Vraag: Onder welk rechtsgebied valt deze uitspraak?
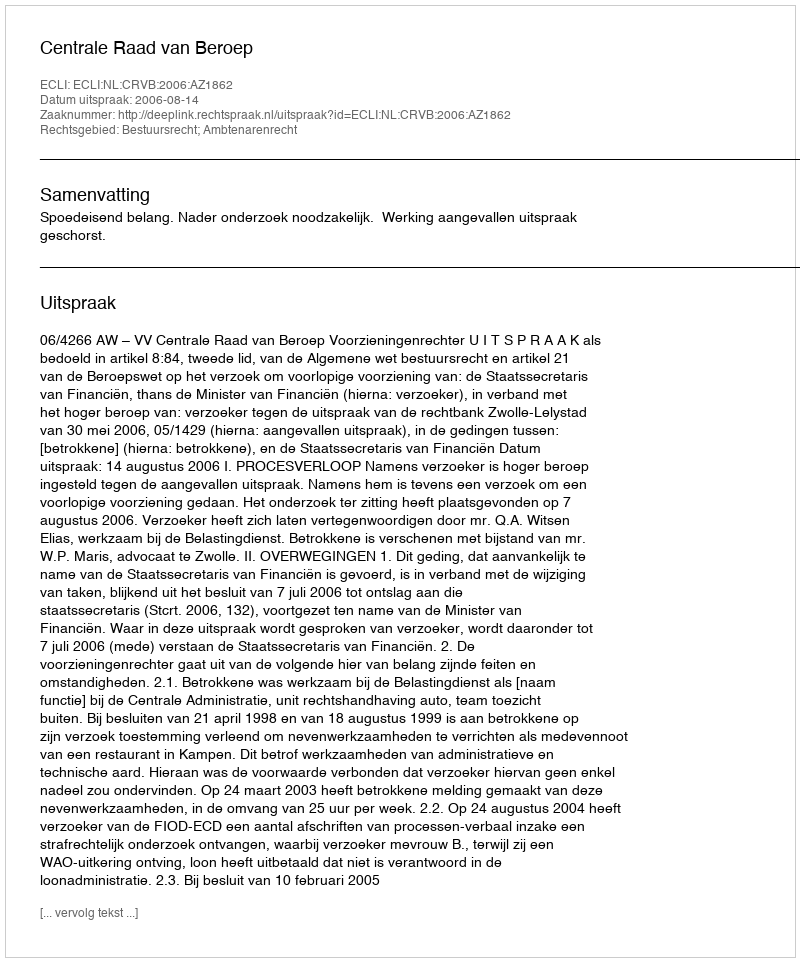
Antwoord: Bestuursrecht; Ambtenarenrecht